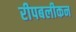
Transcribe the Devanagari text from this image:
रीपबलीकन